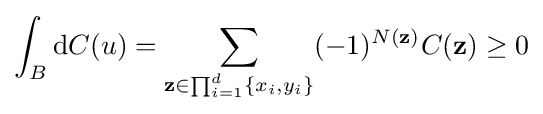
\int _{B}\mathrm {d} C(u)=\sum _{\mathbf {z} \in \prod _{i=1}^{d}\{x_{i},y_{i}\}}(-1)^{N(\mathbf {z} )}C(\mathbf {z} )\geq 0